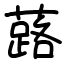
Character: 蕗